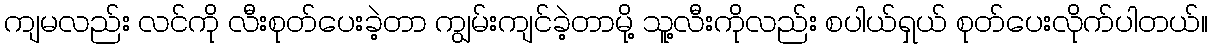
ကျမလည်း လင်ကို လီးစုတ်ပေးခဲ့တာ ကျွမ်းကျင်ခဲ့တာမို့ သူ့လီးကိုလည်း စပါယ်ရှယ် စုတ်ပေးလိုက်ပါတယ်။